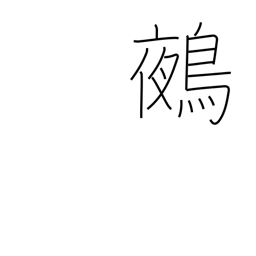
Meaning: chimera